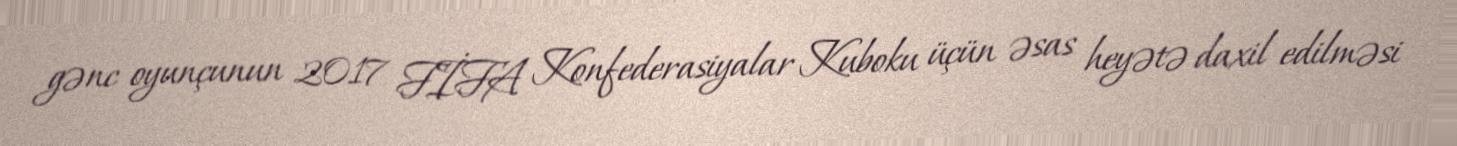
gənc oyunçunun 2017 FİFA Konfederasiyalar Kuboku üçün əsas heyətə daxil edilməsi